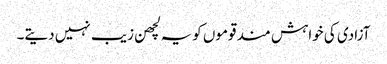
آزادی کی خواہش مند قوموں کویہ لچھن زیب نہیں دیتے۔